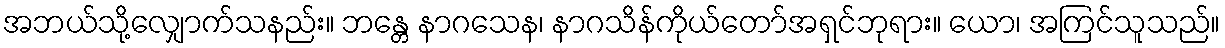
အဘယ်သို့လျှောက်သနည်း။ ဘန္တေ နာဂသေန၊ နာဂသိန်ကိုယ်တော်အရှင်ဘုရား။ ယော၊ အကြင်သူသည်။